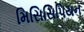
મિસિસિપિયન